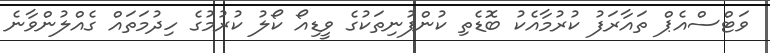
ވަޓްސްއެޕް ތައާރަފު ކުރުމާއެކު ބޮޑެތި ކުންފުނިތަކުގެ ވީޑިއޯ ކޯލު ކުރުމުގެ ހިދުމަަތައް ގެއްލުންވާނެ